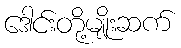
ဒေါင်းတို့မျိုးဆက်